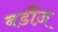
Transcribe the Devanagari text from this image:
बर्डीज़